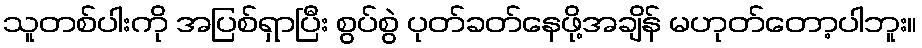
သူတစ်ပါးကို အပြစ်ရှာပြီး စွပ်စွဲ ပုတ်ခတ်နေဖို့အချိန် မဟုတ်တော့ပါဘူး။